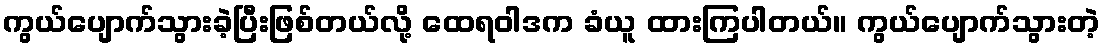
ကွယ်ပျောက်သွားခဲ့ပြီးဖြစ်တယ်လို့ ထေရဝါဒက ခံယူ ထားကြပါတယ်။ ကွယ်ပျောက်သွားတဲ့